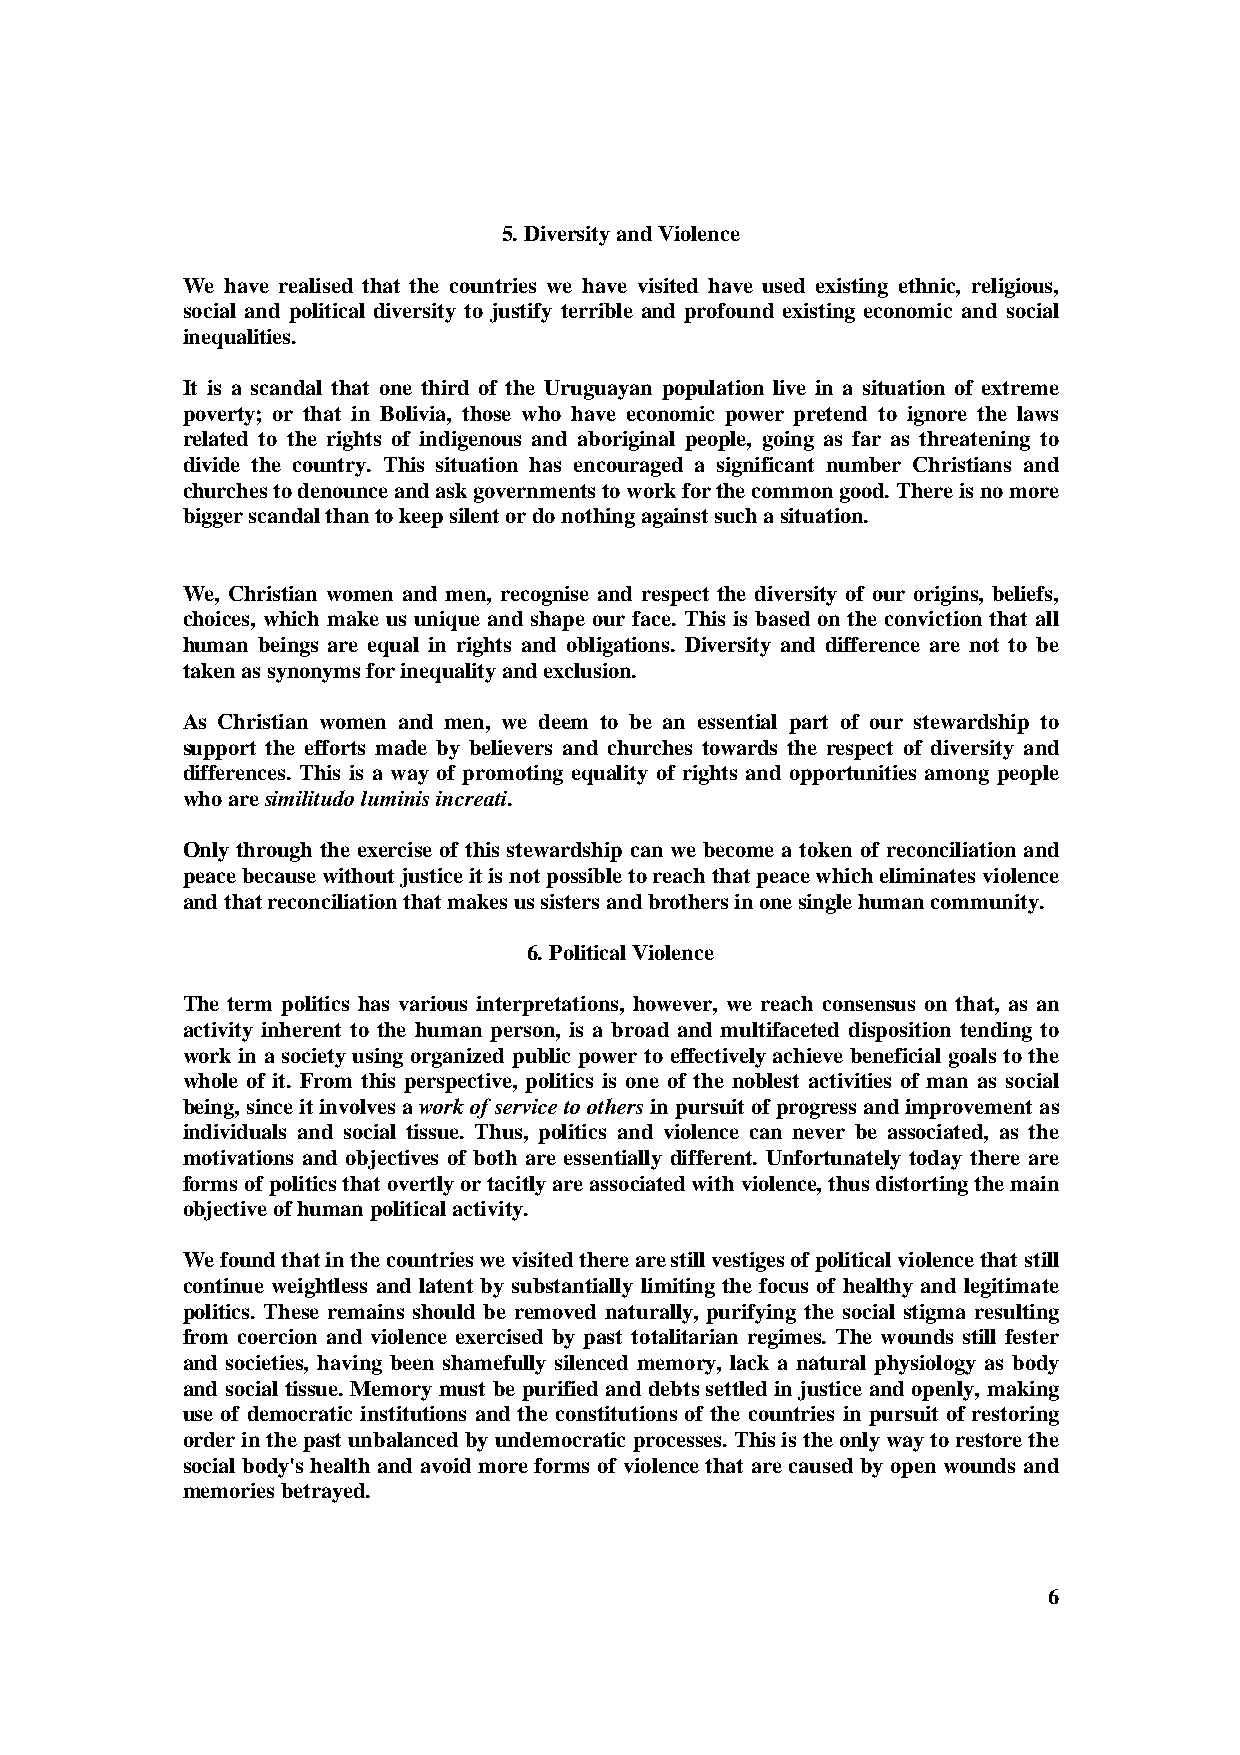
5. Diversity and Violence
 We have realised that the countries we have visited have used existing ethnic, religious,
 social and political diversity to justify terrible and profound existing economic and social
 inequalities.
 It is a scandal that one third of the Uruguayan population live in a situation of extreme
 poverty; or that in Bolivia, those who have economic power pretend to ignore the laws
 related to the rights of indigenous and aboriginal people, going as far as threatening to
 divide the country. This situation has encouraged a significant number Christians and
 churches to denounce and ask governments to work for the common good. There is no more
 bigger scandal than to keep silent or do nothing against such a situation.
 We, Christian women and men, recognise and respect the diversity of our origins, beliefs,
 choices, which make us unique and shape our face. This is based on the conviction that all
 human beings are equal in rights and obligations. Diversity and difference are not to be
 taken as synonyms for inequality and exclusion.
 As Christian women and men, we deem to be an essential part of our stewardship to
 support the efforts made by believers and churches towards the respect of diversity and
 differences. This is a way of promoting equality of rights and opportunities among people
 who are similitudo luminis increati.
 Only through the exercise of this stewardship can we become a token of reconciliation and
 peace because without justice it is not possible to reach that peace which eliminates violence
 and that reconciliation that makes us sisters and brothers in one single human community.
 6. Political Violence
 The term politics has various interpretations, however, we reach consensus on that, as an
 activity inherent to the human person, is a broad and multifaceted disposition tending to
 work in a society using organized public power to effectively achieve beneficial goals to the
 whole of it. From this perspective, politics is one of the noblest activities of man as social
 being, since it involves a work of service to others in pursuit of progress and improvement as
 individuals and social tissue. Thus, politics and violence can never be associated, as the
 motivations and objectives of both are essentially different. Unfortunately today there are
 forms of politics that overtly or tacitly are associated with violence, thus distorting the main
 objective of human political activity.
 We found that in the countries we visited there are still vestiges of political violence that still
 continue weightless and latent by substantially limiting the focus of healthy and legitimate
 politics. These remains should be removed naturally, purifying the social stigma resulting
 from coercion and violence exercised by past totalitarian regimes. The wounds still fester
 and societies, having been shamefully silenced memory, lack a natural physiology as body
 and social tissue. Memory must be purified and debts settled in justice and openly, making
 use of democratic institutions and the constitutions of the countries in pursuit of restoring
 order in the past unbalanced by undemocratic processes. This is the only way to restore the
 social body's health and avoid more forms of violence that are caused by open wounds and
 memories betrayed.
 6